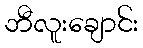
ဘီလူးချောင်း